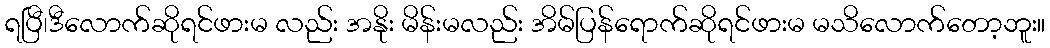
ရပြီ၊ဒီလောက်ဆိုရင်ဖားမ လည်း အနိုး မိန်းမလည်း အိမ်ပြန်ရောက်ဆိုရင်ဖားမ မသိလောက်တော့ဘူး။